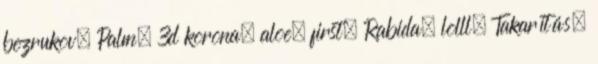
bezrukov, Palm, 3d korona, aloe, first, Rabida, lolll, Takarítás,